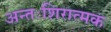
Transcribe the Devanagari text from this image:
अन्तःशिरात्मक